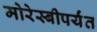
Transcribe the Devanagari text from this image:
मोरेस्बीपर्यंत